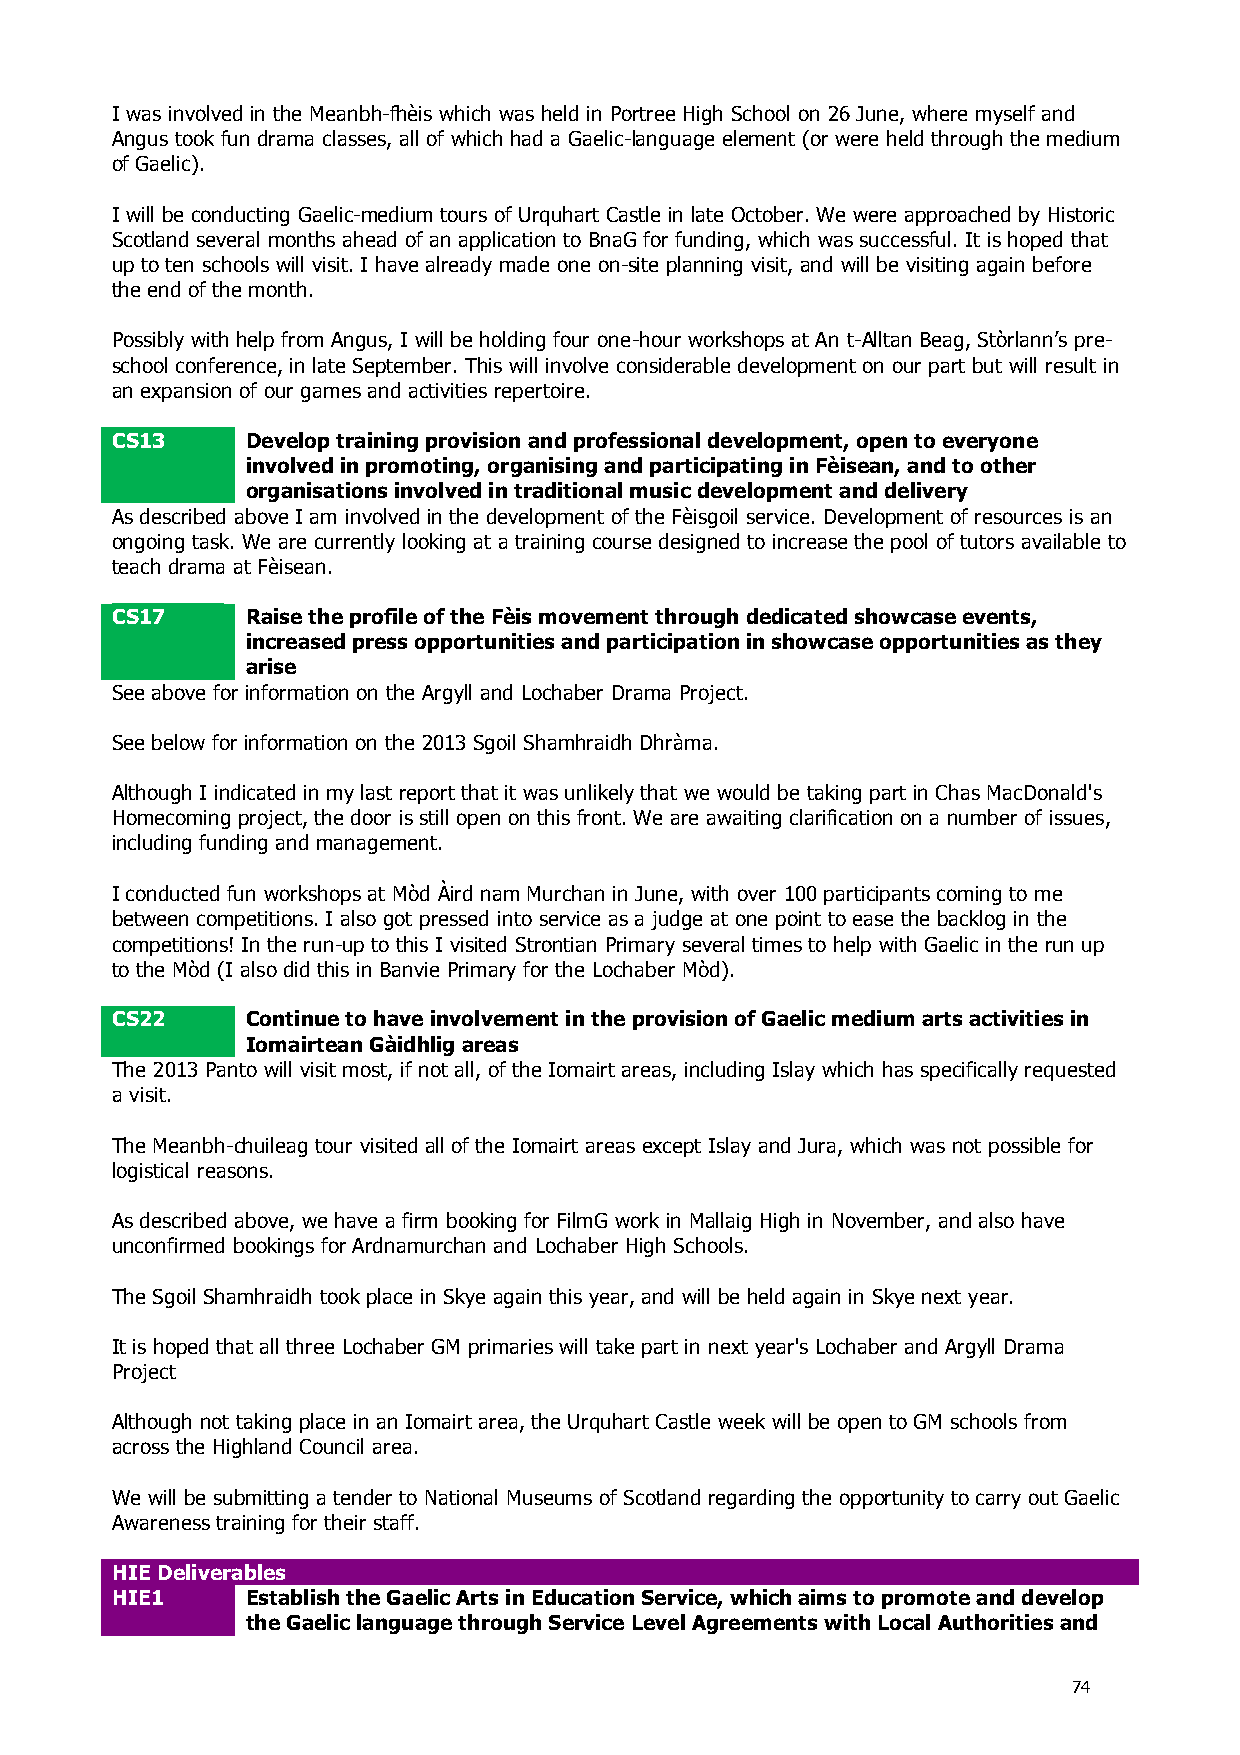
I was involved in the Meanbh-fhèis which was held in Portree High School on 26 June, where myself and
 Angus took fun drama classes, all of which had a Gaelic-language element (or were held through the medium
 of Gaelic).
 I will be conducting Gaelic-medium tours of Urquhart Castle in late October. We were approached by Historic
 Scotland several months ahead of an application to BnaG for funding, which was successful. It is hoped that
 up to ten schools will visit. I have already made one on-site planning visit, and will be visiting again before
 the end of the month.
 Possibly with help from Angus, I will be holding four one-hour workshops at An t-Alltan Beag, Stòrlann’s pre-
 school conference, in late September. This will involve considerable development on our part but will result in
 an expansion of our games and activities repertoire.
 CS13     Develop training provision and professional development, open to everyone
 involved in promoting, organising and participating in Fèisean, and to other
 organisations involved in traditional music development and delivery
 As described above I am involved in the development of the Fèisgoil service. Development of resources is an
 ongoing task. We are currently looking at a training course designed to increase the pool of tutors available to
 teach drama at Fèisean.
 CS17     Raise the profile of the Fèis movement through dedicated showcase events,
 increased press opportunities and participation in showcase opportunities as they
 arise
 See above for information on the Argyll and Lochaber Drama Project.
 See below for information on the 2013 Sgoil Shamhraidh Dhràma.
 Although I indicated in my last report that it was unlikely that we would be taking part in Chas MacDonald's
 Homecoming project, the door is still open on this front. We are awaiting clarification on a number of issues,
 including funding and management.
 I conducted fun workshops at Mòd Àird nam Murchan in June, with over 100 participants coming to me
 between competitions. I also got pressed into service as a judge at one point to ease the backlog in the
 competitions! In the run-up to this I visited Strontian Primary several times to help with Gaelic in the run up
 to the Mòd (I also did this in Banvie Primary for the Lochaber Mòd).
 CS22     Continue to have involvement in the provision of Gaelic medium arts activities in
 Iomairtean Gàidhlig areas
 The 2013 Panto will visit most, if not all, of the Iomairt areas, including Islay which has specifically requested
 a visit.
 The Meanbh-chuileag tour visited all of the Iomairt areas except Islay and Jura, which was not possible for
 logistical reasons.
 As described above, we have a firm booking for FilmG work in Mallaig High in November, and also have
 unconfirmed bookings for Ardnamurchan and Lochaber High Schools.
 The Sgoil Shamhraidh took place in Skye again this year, and will be held again in Skye next year.
 It is hoped that all three Lochaber GM primaries will take part in next year's Lochaber and Argyll Drama
 Project
 Although not taking place in an Iomairt area, the Urquhart Castle week will be open to GM schools from
 across the Highland Council area.
 We will be submitting a tender to National Museums of Scotland regarding the opportunity to carry out Gaelic
 Awareness training for their staff.
 HIE Deliverables
 HIE1     Establish the Gaelic Arts in Education Service, which aims to promote and develop
 the Gaelic language through Service Level Agreements with Local Authorities and
 74